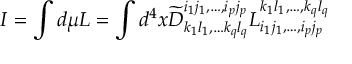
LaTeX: I = \int d \mu { \cal L } = \int d ^ { 4 } x \widetilde { D } _ { k _ { 1 } l _ { 1 } , \ldots k _ { q } l _ { q } } ^ { i _ { 1 } j _ { 1 } , \ldots , i _ { p } j _ { p } } L _ { i _ { 1 } j _ { 1 } , \ldots , i _ { p } j _ { p } } ^ { k _ { 1 } l _ { 1 } , \ldots , k _ { q } l _ { q } }